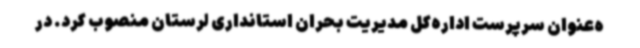
ه‌عنوان سرپرست اداره‌کل مدیریت بحران استانداری لرستان منصوب کرد. در